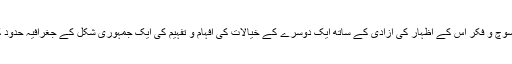
‘‘یہ اقوال انسان کے سوچ و فکر اُس کے اظہار کی آزادی کے ساتھ ایک دوسرے کے خیالات کی افہام و تفہیم کی ایک جمہوری شکل کے جغرافیہ حدود کا تعین کررہے ہیں ۔